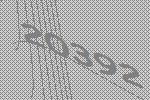
20392